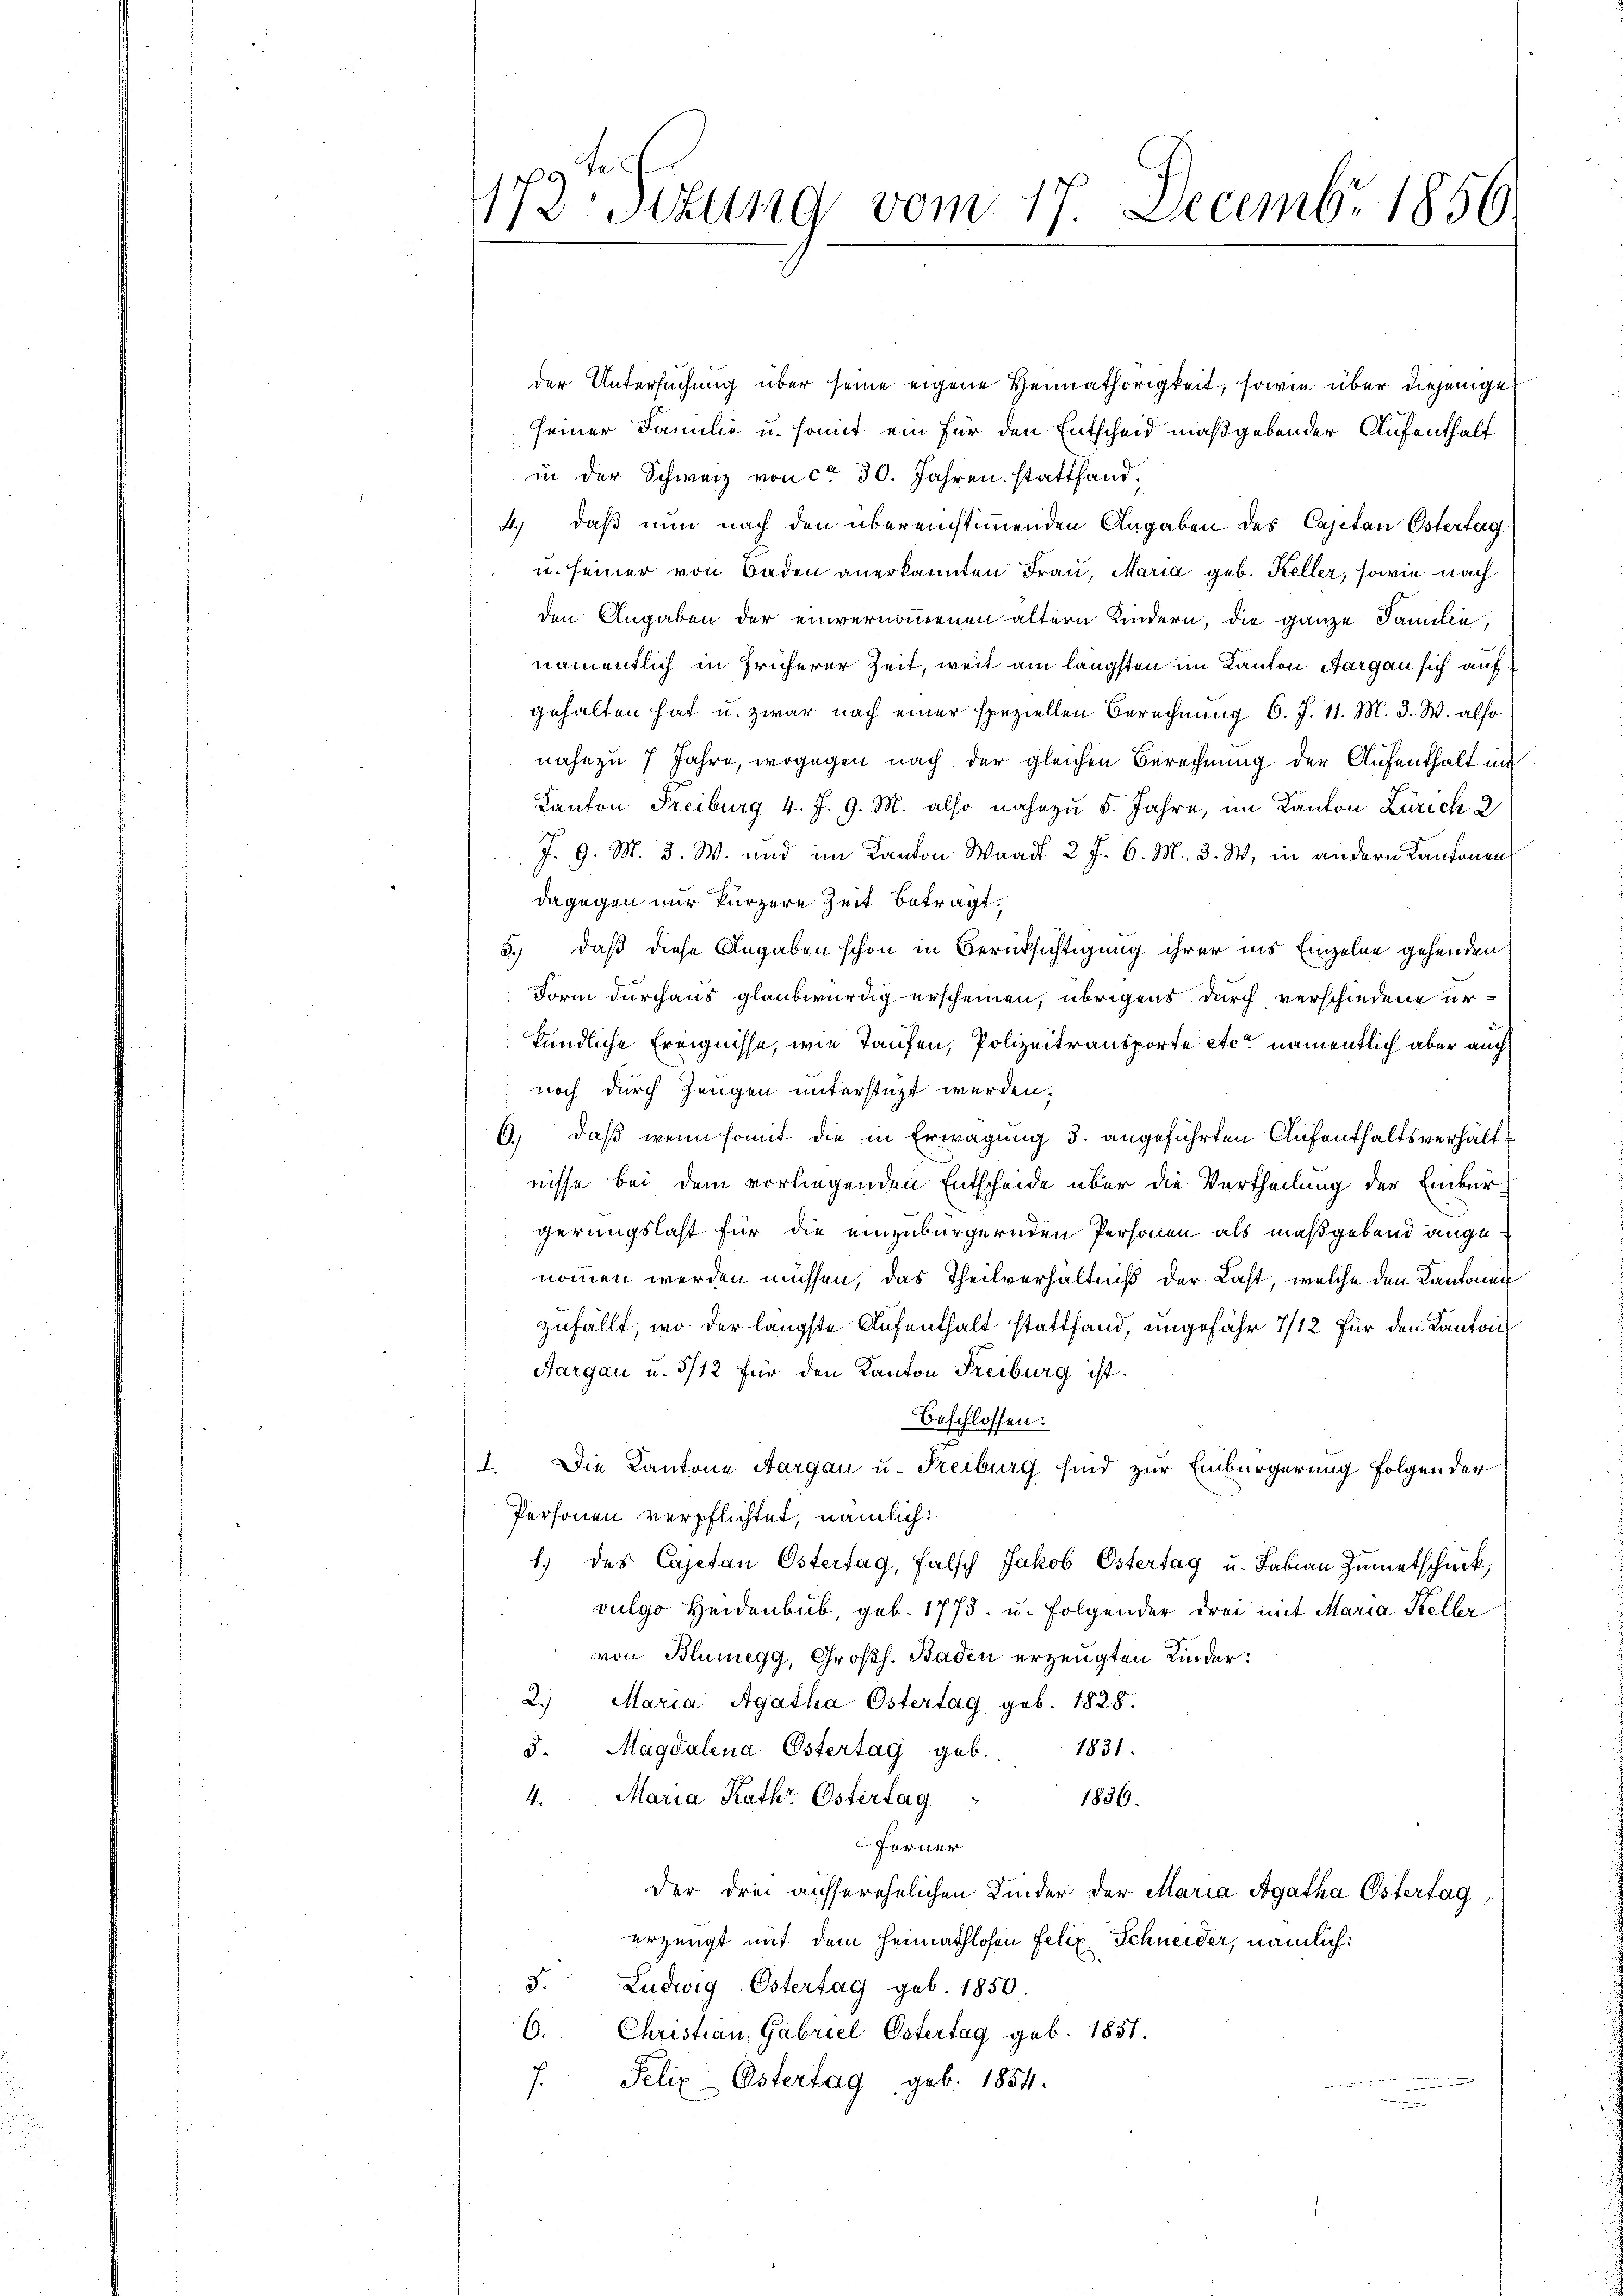
173 Sizung vom 17. Decembr 1850.

der Untersuchung über seine eigene Heimathörigkeit, sowie über diejenige
seiner Familie u. somit ein für den Entscheid maßgebender Aufenthalf
in der Schweiz von ca 30. Jahren stattfand¬
4.) daß nun nach den übereinstimmenden Angaben des Cajetan Östertag
u. seiner von Baden anerkannten Frau, Maria geb. Keller, sowie nach
den Angaben der einvernommenen ältern Kindern, die ganze Familie,
namentlich in früherer Zeit, weit am längsten im Kanton Aargau sich auf
gehalten hat u. zwar nach einer speziellen Berechnung 6. J. 11. M. 3. W. also
nahezu 7 Jahre, wogegen nach der gleichen Berechnung der Aufenthalt in
Kanton Freiburg 4. J. 9. M. also nahezu 5. Jahre, im Kanton Zürich 2
J. 9. M. D. W. und im Kanton Waadt 2 f. 6. M. 3. W. in andern Kantonen
dagegen nur kürzere Zeit betragt.
3.) daß diese Angaben schon in Berücksichtigung ihrer ins Einzelne gehenden
Form durchaus glaubwürdig erscheinen, übrigens durch verschiedene ur-
kundliche Ereignisse, wie Taufen, Polizeitransporte etc. namentlich aber auch
noch durch Zeugen unterstüzt werden.
6., daß wenn somit die in Erwägung 3. angeführten Aufenthaltsverhältnisse bei dem vorliegenden Entscheide über die Vertheilung der Einburgerungslast für die einzubürgernden Personen als maßgebend angenommen werden müssen, das Theilverhältniß der Last, welche den Kantonen
zufällt, wo der längste Aufenthalt stattfand, ungefähr 7/12 für den Kanton
Aargau u. 5/12 für den Kanton Freiburg ist.
Beschlossen:
I. Die Kantone Aargau u. Reiburg sind zur Einbürgerung folgender
Personen verpflichtet, nämlich:
1.) des Cajetan Östertag, falsch Jakob Ostertag u. Fabian Zŭmetschuck
vulgo Heidenbub, geb. 1773. u. folgender drei mit Maria Keller
von Blumegg, Großh. Baden erzeugten Kinder:
2. Maria Agatha Östertag geb. 1828.
d.
Magdalena Ostertag geb.
1831.
4. Maria Kathr Ostertag
1836.
Ferner
der drei aufserehelichen Kinder der Maria Agatha Östertag,
erzeugt mit dem Heimathlosen Felix Schneider, nämlich:
3. Ludwig Estertag geb. 1850.
6. Christian Gabriel Ostertag geb. 1851.
f. Felix Ostertag geb. 1854.